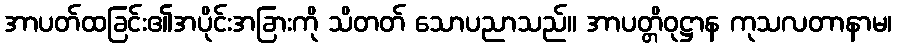
အာပတ်ထခြင်း၏အပိုင်းအခြားကို သိတတ် သောပညာသည်။ အာပတ္တိဝုဋ္ဌာန ကုသလတာနာမ၊